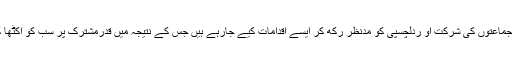
مختلف دینی جماعتوں کی شرکت او ردلچسپی کو مدنظر رکھ کر ایسے اقدامات کیے جارہے ہیں جس کے نتیجہ میں قدرمشترک پر سب کو اکٹھا کیا جاسکے ۔